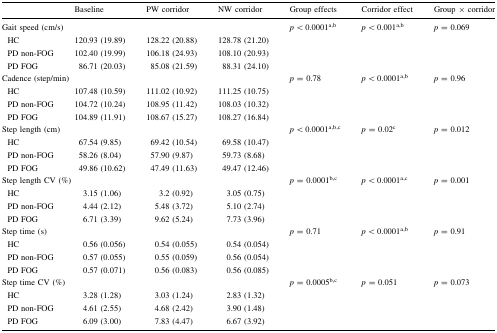
<table><thead><tr><td></td><td><b>Baseline</b></td><td><b>PW corridor</b></td><td><b>NW corridor</b></td><td><b>Group effects</b></td><td><b>Corridor effect</b></td><td><b>Group × corridor</b></td></tr></thead><tbody><tr><td colspan="4">Gait speed (cm/s)</td><td><i>p</i> &lt; 0.0001<sup>a,b</sup></td><td><i>p</i> &lt; 0.001<sup>a,b</sup></td><td><i>p</i> = 0.069</td></tr><tr><td> HC</td><td>120.93 (19.89)</td><td>128.22 (20.88)</td><td>128.78 (21.20)</td><td></td><td></td><td></td></tr><tr><td> PD non-FOG</td><td>102.40 (19.99)</td><td>106.18 (24.93)</td><td>108.10 (20.93)</td><td></td><td></td><td></td></tr><tr><td> PD FOG</td><td>86.71 (20.03)</td><td>85.08 (21.59)</td><td>88.31 (24.10)</td><td></td><td></td><td></td></tr><tr><td colspan="4">Cadence (step/min)</td><td><i>p</i> = 0.78</td><td><i>p</i> &lt; 0.0001<sup>a,b</sup></td><td><i>p</i> = 0.96</td></tr><tr><td> HC</td><td>107.48 (10.59)</td><td>111.02 (10.92)</td><td>111.25 (10.75)</td><td></td><td></td><td></td></tr><tr><td> PD non-FOG</td><td>104.72 (10.24)</td><td>108.95 (11.42)</td><td>108.03 (10.32)</td><td></td><td></td><td></td></tr><tr><td> PD FOG</td><td>104.89 (11.91)</td><td>108.67 (15.27)</td><td>108.27 (16.84)</td><td></td><td></td><td></td></tr><tr><td colspan="4">Step length (cm)</td><td><i>p</i> &lt; 0.0001<sup>a,b,c</sup></td><td><i>p</i> = 0.02<sup>c</sup></td><td><i>p</i> = 0.012</td></tr><tr><td> HC</td><td>67.54 (9.85)</td><td>69.42 (10.54)</td><td>69.58 (10.47)</td><td></td><td></td><td></td></tr><tr><td> PD non-FOG</td><td>58.26 (8.04)</td><td>57.90 (9.87)</td><td>59.73 (8.68)</td><td></td><td></td><td></td></tr><tr><td> PD FOG</td><td>49.86 (10.62)</td><td>47.49 (11.63)</td><td>49.47 (12.46)</td><td></td><td></td><td></td></tr><tr><td colspan="4">Step length CV (%)</td><td><i>p</i> = 0.0001<sup>b,c</sup></td><td><i>p</i> &lt; 0.0001<sup>a,c</sup></td><td><i>p</i> = 0.001</td></tr><tr><td> HC</td><td>3.15 (1.06)</td><td>3.2 (0.92)</td><td>3.05 (0.75)</td><td></td><td></td><td></td></tr><tr><td> PD non-FOG</td><td>4.44 (2.12)</td><td>5.48 (3.72)</td><td>5.10 (2.74)</td><td></td><td></td><td></td></tr><tr><td> PD FOG</td><td>6.71 (3.39)</td><td>9.62 (5.24)</td><td>7.73 (3.96)</td><td></td><td></td><td></td></tr><tr><td colspan="4">Step time (s)</td><td><i>p</i> = 0.71</td><td><i>p</i> &lt; 0.0001<sup>a,b</sup></td><td><i>p</i> = 0.91</td></tr><tr><td> HC</td><td>0.56 (0.056)</td><td>0.54 (0.055)</td><td>0.54 (0.054)</td><td></td><td></td><td></td></tr><tr><td> PD non-FOG</td><td>0.57 (0.055)</td><td>0.55 (0.059)</td><td>0.56 (0.054)</td><td></td><td></td><td></td></tr><tr><td> PD FOG</td><td>0.57 (0.071)</td><td>0.56 (0.083)</td><td>0.56 (0.085)</td><td></td><td></td><td></td></tr><tr><td colspan="4">Step time CV (%)</td><td><i>p</i> = 0.0005<sup>b,c</sup></td><td><i>p</i> = 0.051</td><td><i>p</i> = 0.073</td></tr><tr><td> HC</td><td>3.28 (1.28)</td><td>3.03 (1.24)</td><td>2.83 (1.32)</td><td></td><td></td><td></td></tr><tr><td> PD non-FOG</td><td>4.61 (2.55)</td><td>4.68 (2.42)</td><td>3.90 (1.48)</td><td></td><td></td><td></td></tr><tr><td> PD FOG</td><td>6.09 (3.00)</td><td>7.83 (4.47)</td><td>6.67 (3.92)</td><td></td><td></td><td></td></tr></tbody></table>